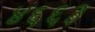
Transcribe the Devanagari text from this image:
४६६३